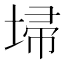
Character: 埽